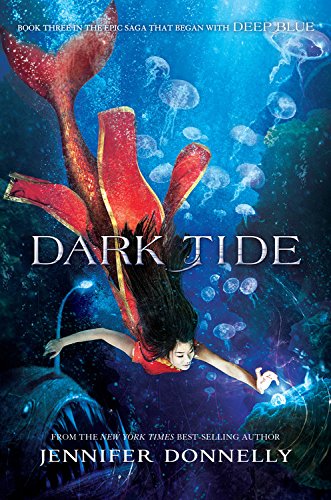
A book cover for Waterfire Saga, Book Three Dark Tide; Jennifer Donnelly; Teen & Young Adult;